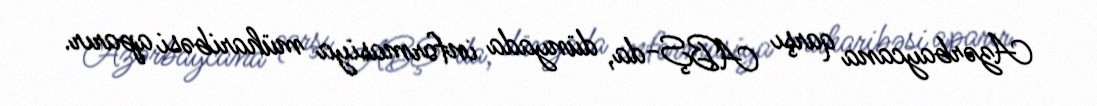
Azərbaycana qarşı ABŞ-da, dünyada informasiya müharibəsi aparır.